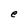
Character: e